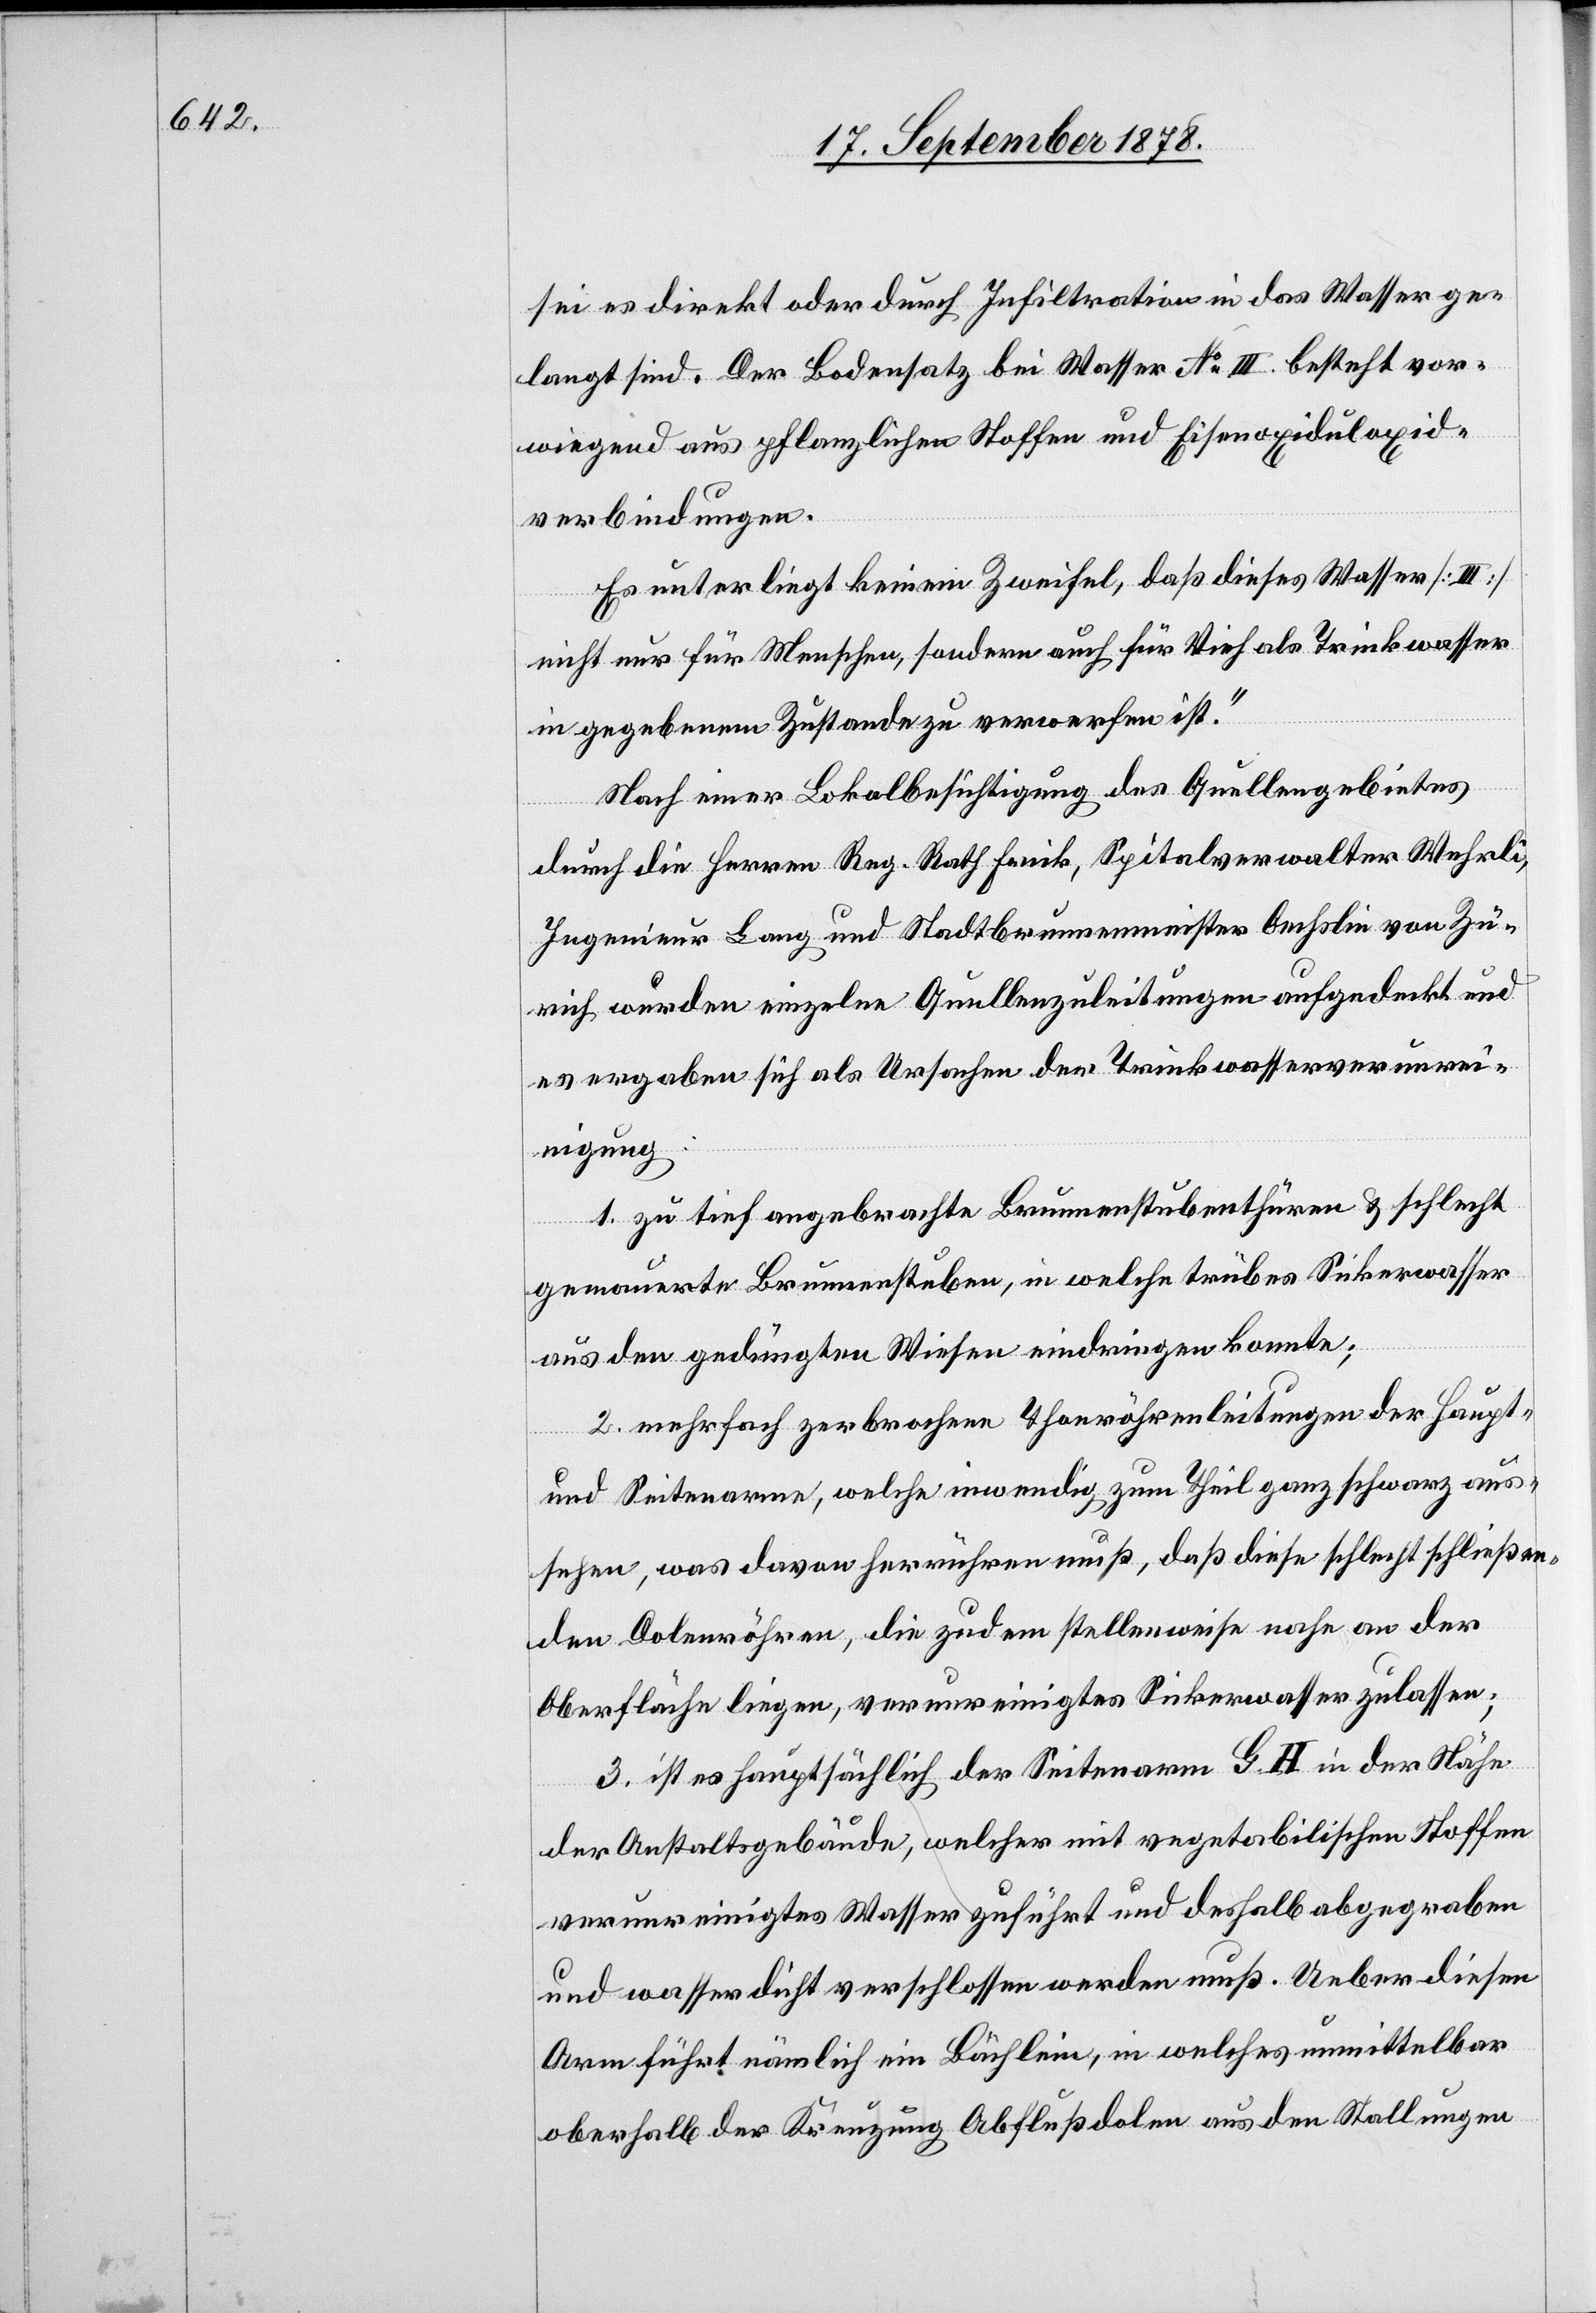
sei es direkt oder durch Infiltration in das Wasser ge¬
langt sind. Der Bodensatz bei Wasser No III. besteht vor¬
wiegend aus pflanzlichen Stoffen und Eisenoxiduloxid¬
verbindungen.
Es unterliegt keinem Zweifel, daß dieses Wasser [III.]
nicht nur für Menschen, sondern auch für Vieh als Trinkwasser
in gegebenem Zustande zu verwerfen ist.“
Nach einer Lokalbesichtigung des Quellengebietes
durch die Herren Reg. Rath Frick, Spitalverwalter Wehrli,
Ingenieur Lang und Stadtbrunnenmeister Oechslin von Zü¬
rich wurden einzelne Quellenzuleitungen aufgedeckt und
es ergaben sich als Ursachen der Trinkwasserverunrei¬
nigung:
1. zu tief angebrachte Brunnenstubenthüren & schlecht
gemauerte Brunnenstuben, in welche trübes Sickerwasser
aus den gedüngten Wiesen eindringen konnte;
2. mehrfach zerbrochene Thonröhrenleitungen der Haupt-
und Seitenarmen, welche inwendig zum Theil ganz schwarz aus¬
sehen, was davon herrühren muß, daß diese schlecht schließen¬
den Dolenröhren, die zudem stellenweise nahe an der
Oberfläche liegen, verunreinigtes Sickerwasser zulassen;
3. ist es hauptsächlich der Seitenarm GH in der Nähe
der Anstaltsgebäude, welcher mit vegetabilischen Stoffen
verunreinigten Wasser zuführt und deshalb abgegraben
und wasserdicht verschlossen werden muß. Ueber diesen
Arm führt nämlich ein Bächlein, in welches unmittelbar
oberhalb der Kreuzung Abflußdolen aus den Stallungen